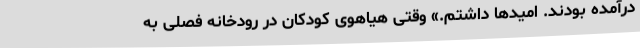
درآمده بودند. امیدها داشتم.» وقتی هیاهوی کودکان در رودخانه فصلی به